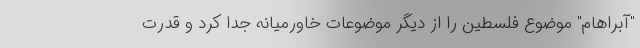
"آبراهام" موضوع فلسطین را از دیگر موضوعات خاورمیانه جدا کرد و قدرت